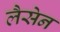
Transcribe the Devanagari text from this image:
लैसेन